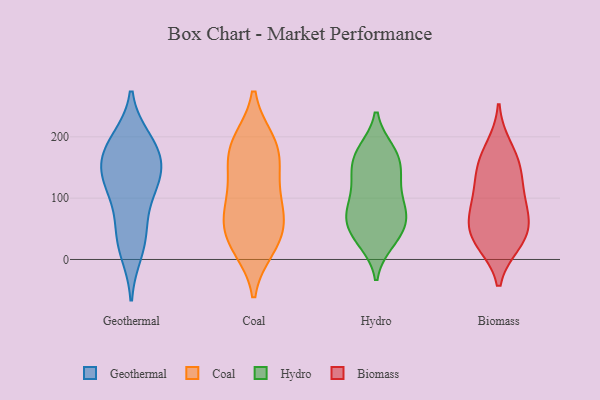
{"axis": {"x": "Gross Profit (USD K)", "y": "Value"}, "legend": ["Biomass", "Coal", "Geothermal", "Hydro"], "data": [{"x": "", "y": 117, "type": "Geothermal"}, {"x": "", "y": 36, "type": "Geothermal"}, {"x": "", "y": 142, "type": "Geothermal"}, {"x": "", "y": 55, "type": "Geothermal"}, {"x": "", "y": 132, "type": "Geothermal"}, {"x": "", "y": 181, "type": "Geothermal"}, {"x": "", "y": 118, "type": "Geothermal"}, {"x": "", "y": 14, "type": "Geothermal"}, {"x": "", "y": 193, "type": "Geothermal"}, {"x": "", "y": 165, "type": "Geothermal"}, {"x": "", "y": 181, "type": "Geothermal"}, {"x": "", "y": 83, "type": "Coal"}, {"x": "", "y": 159, "type": "Coal"}, {"x": "", "y": 192, "type": "Coal"}, {"x": "", "y": 183, "type": "Coal"}, {"x": "", "y": 51, "type": "Coal"}, {"x": "", "y": 31, "type": "Coal"}, {"x": "", "y": 149, "type": "Coal"}, {"x": "", "y": 192, "type": "Coal"}, {"x": "", "y": 120, "type": "Coal"}, {"x": "", "y": 80, "type": "Coal"}, {"x": "", "y": 20, "type": "Coal"}, {"x": "", "y": 27, "type": "Coal"}, {"x": "", "y": 77, "type": "Coal"}, {"x": "", "y": 77, "type": "Hydro"}, {"x": "", "y": 136, "type": "Hydro"}, {"x": "", "y": 140, "type": "Hydro"}, {"x": "", "y": 173, "type": "Hydro"}, {"x": "", "y": 81, "type": "Hydro"}, {"x": "", "y": 69, "type": "Hydro"}, {"x": "", "y": 74, "type": "Hydro"}, {"x": "", "y": 130, "type": "Hydro"}, {"x": "", "y": 161, "type": "Hydro"}, {"x": "", "y": 177, "type": "Hydro"}, {"x": "", "y": 29, "type": "Hydro"}, {"x": "", "y": 176, "type": "Hydro"}, {"x": "", "y": 110, "type": "Hydro"}, {"x": "", "y": 32, "type": "Hydro"}, {"x": "", "y": 43, "type": "Hydro"}, {"x": "", "y": 79, "type": "Hydro"}, {"x": "", "y": 46, "type": "Hydro"}, {"x": "", "y": 153, "type": "Biomass"}, {"x": "", "y": 93, "type": "Biomass"}, {"x": "", "y": 152, "type": "Biomass"}, {"x": "", "y": 28, "type": "Biomass"}, {"x": "", "y": 29, "type": "Biomass"}, {"x": "", "y": 45, "type": "Biomass"}, {"x": "", "y": 48, "type": "Biomass"}, {"x": "", "y": 70, "type": "Biomass"}, {"x": "", "y": 92, "type": "Biomass"}, {"x": "", "y": 182, "type": "Biomass"}, {"x": "", "y": 127, "type": "Biomass"}]}